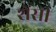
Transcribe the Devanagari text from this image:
शेंसी